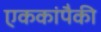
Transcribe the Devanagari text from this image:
एककांपैकी